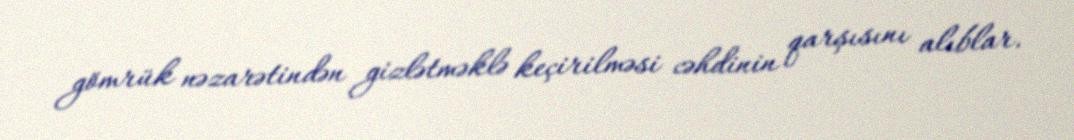
gömrük nəzarətindən gizlətməklə keçirilməsi cəhdinin qarşısını alıblar.